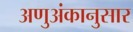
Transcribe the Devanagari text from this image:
अणुअंकानुसार